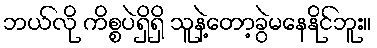
ဘယ်လို ကိစ္စပဲရှိရှိ သူနဲ့တော့ခွဲမနေနိုင်ဘူး။